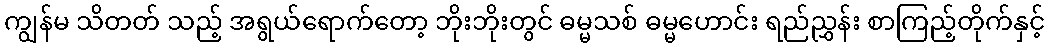
ကျွန်မ သိတတ် သည့် အရွယ်ရောက်တော့ ဘိုးဘိုးတွင် ဓမ္မသစ် ဓမ္မဟောင်း ရည်ညွှန်း စာကြည့်တိုက်နှင့်